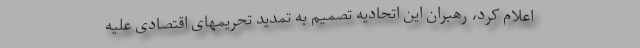
اعلام کرد، رهبران این اتحادیه تصمیم به تمدید تحریمهای اقتصادی علیه